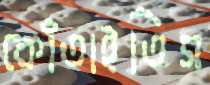
কোঁতাইতিস